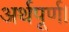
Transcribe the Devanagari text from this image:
अर्थपूर्ण।